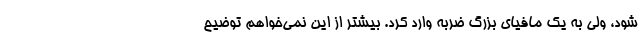
شود، ولی به یک مافیای بزرگ ضربه وارد کرد. بیشتر از این نمی‌خواهم توضیح